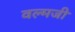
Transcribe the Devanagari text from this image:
वल्मजी